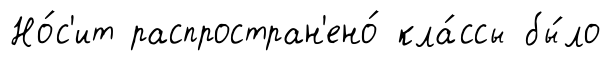
Но́с'ит распростран'ено́ кла́ссы бы́ло